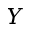
Y